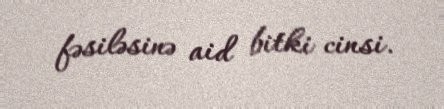
fəsiləsinə aid bitki cinsi.